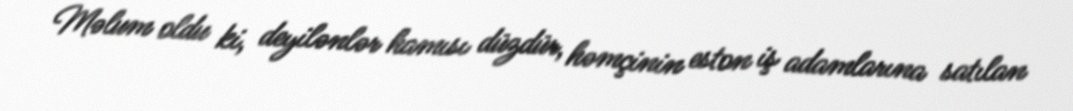
Məlum oldu ki, deyilənlər hamısı düzdür, həmçinin eston iş adamlarına satılan